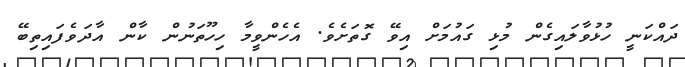
ދައްކަނީ ހުޅުވާލައިގެން މުޅި ގައުމަށް އިވޭ ގޮތަށެވެ. އެހެންވީމާ ހިހޫތަނުން ކާން އާދަވެފައިތިބޭ